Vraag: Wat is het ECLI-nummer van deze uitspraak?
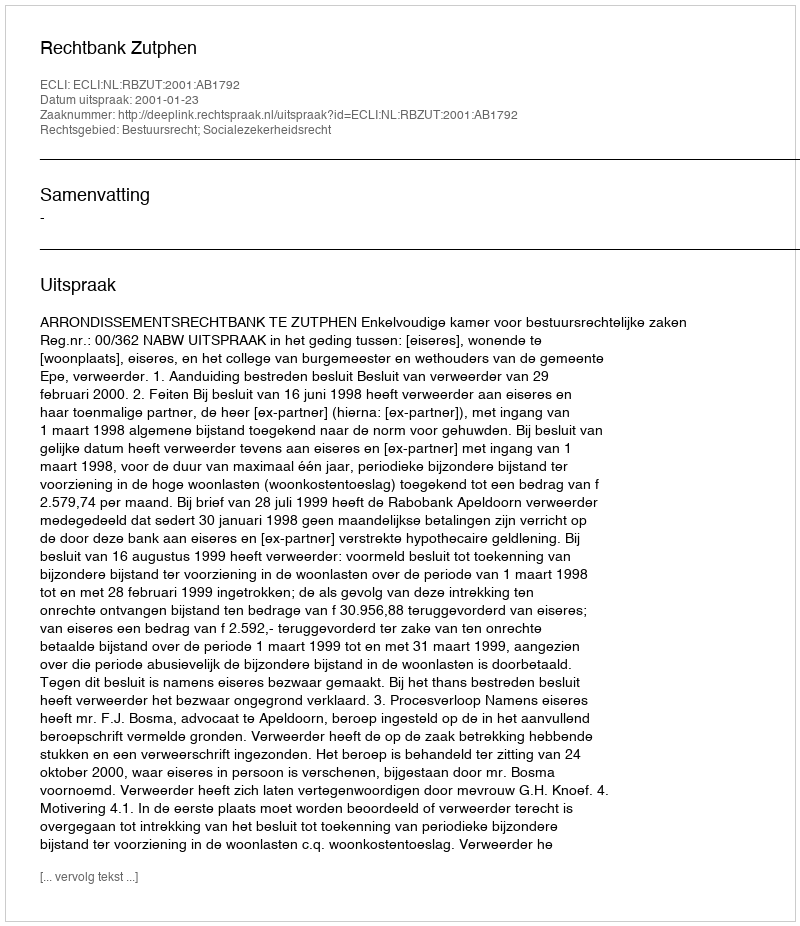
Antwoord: ECLI:NL:RBZUT:2001:AB1792